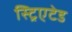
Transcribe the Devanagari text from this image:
स्ट्रिएटेड